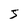
Character: 5